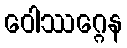
ဝေါဿဂ္ဂေန